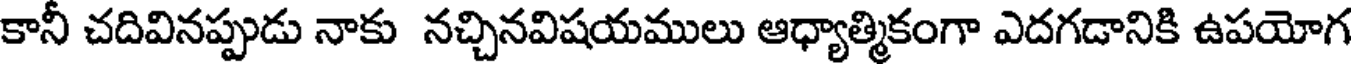
కానీ చదివినప్పుడు నాకు నచ్చినవిషయములు ఆధ్యాత్మికంగా ఎదగడానికి ఉపయోగ